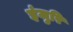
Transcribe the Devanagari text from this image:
इंजुरि